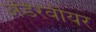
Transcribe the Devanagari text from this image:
अंडरवीयर